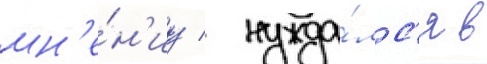
мн'е́н'иу / нужда́лс'я в